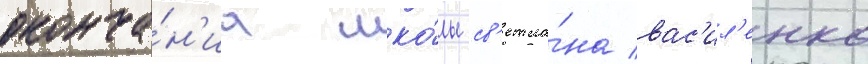
оконча́н'иа шко́лы св'етла́на вас'ил'енко